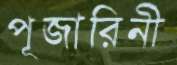
পূজারিনী